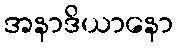
အနာဒိယာနော